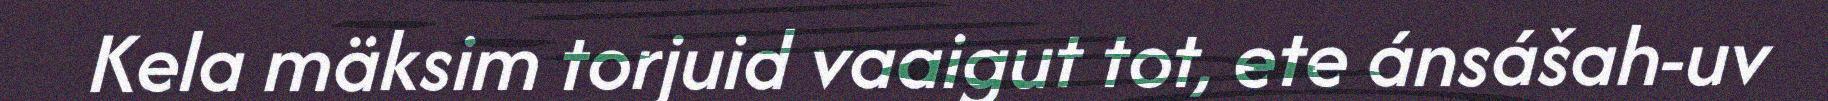
Kela mäksim torjuid vaaigut tot, ete ánsášah-uv